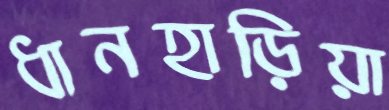
ধানহাড়িয়া